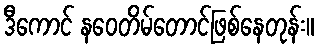
ဒီကောင် နဝေတိမ်တောင်ဖြစ်နေတုန်း။